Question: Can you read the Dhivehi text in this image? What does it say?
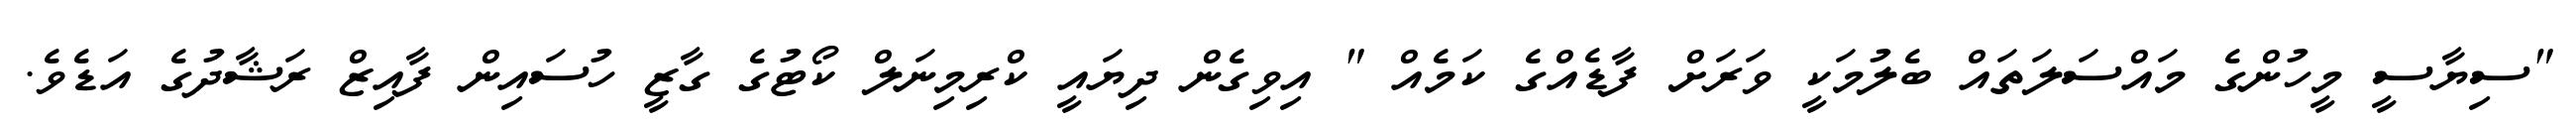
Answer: "ސިޔާސީ މީހުންގެ މައްސަލަތައް ބެލުމަކީ ވަރަށް ފާޑެއްގެ ކަމެއް " އިވިގެން ދިޔައީ ކްރިމިނަލް ކޯޓުގެ ގާޒީ ހުސައިން ފާއިޒް ރަޝާދުގެ އަޑެވެ.